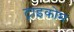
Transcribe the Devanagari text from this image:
ट्राइकोम